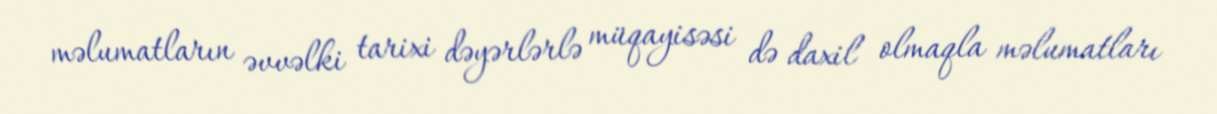
məlumatların əvvəlki tarixi dəyərlərlə müqayisəsi də daxil olmaqla məlumatları